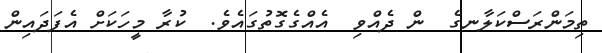
ތިމަންރަސްކަލާނގެ  ން ދެއްވި  އެއްގެގޮތުގައެވެ.  ކުރާ މީހަކަށް އެފަދައިން